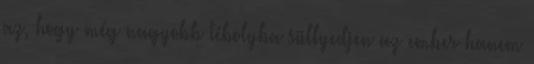
az, hogy még nagyobb tébolyba süllyedjen az ember hanem